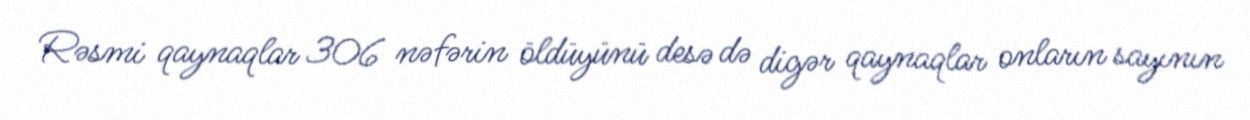
Rəsmi qaynaqlar 306 nəfərin öldüyünü desə də digər qaynaqlar onların sayının